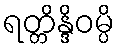
ရတ္တိန္ဒိဝမ္ပိ